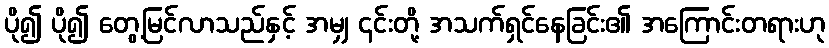
ပို၍ ပို၍ တွေ့မြင်လာသည်နှင့် အမျှ ၎င်းတို့ အသက်ရှင်နေခြင်း၏ အကြောင်းတရားဟု